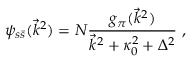
\psi _ { s \bar { s } } ( \vec { k } ^ { 2 } ) = N \frac { g _ { \pi } ( \vec { k } ^ { 2 } ) } { \vec { k } ^ { 2 } + \kappa _ { 0 } ^ { 2 } + \Delta ^ { 2 } } \ ,